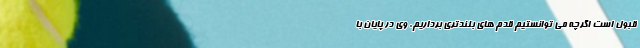
قبول است اگرچه می توانستیم قدم های بلندتری برداریم. وی در پایان با